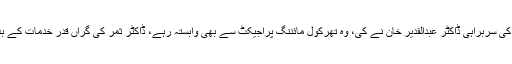
وہ چاغی ون دھماکا کرنے والی سائنسدانوں کی ٹیم کے سربراہ تھے، جب کہ چاغی ٹو کی سربراہی ڈاکٹر عبدالقدیر خان نے کی، وہ تھرکول مائننگ پراجیکٹ سے بھی وابستہ رہے، ڈاکٹر ثمر کی گراں قدر خدمات کے بدلے میں حکومت پاکستان نے انہیں نشان امتیاز، ہلال امتیاز اور ستارہ امتیاز سے نوازا۔